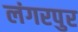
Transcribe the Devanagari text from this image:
लंगरपुर